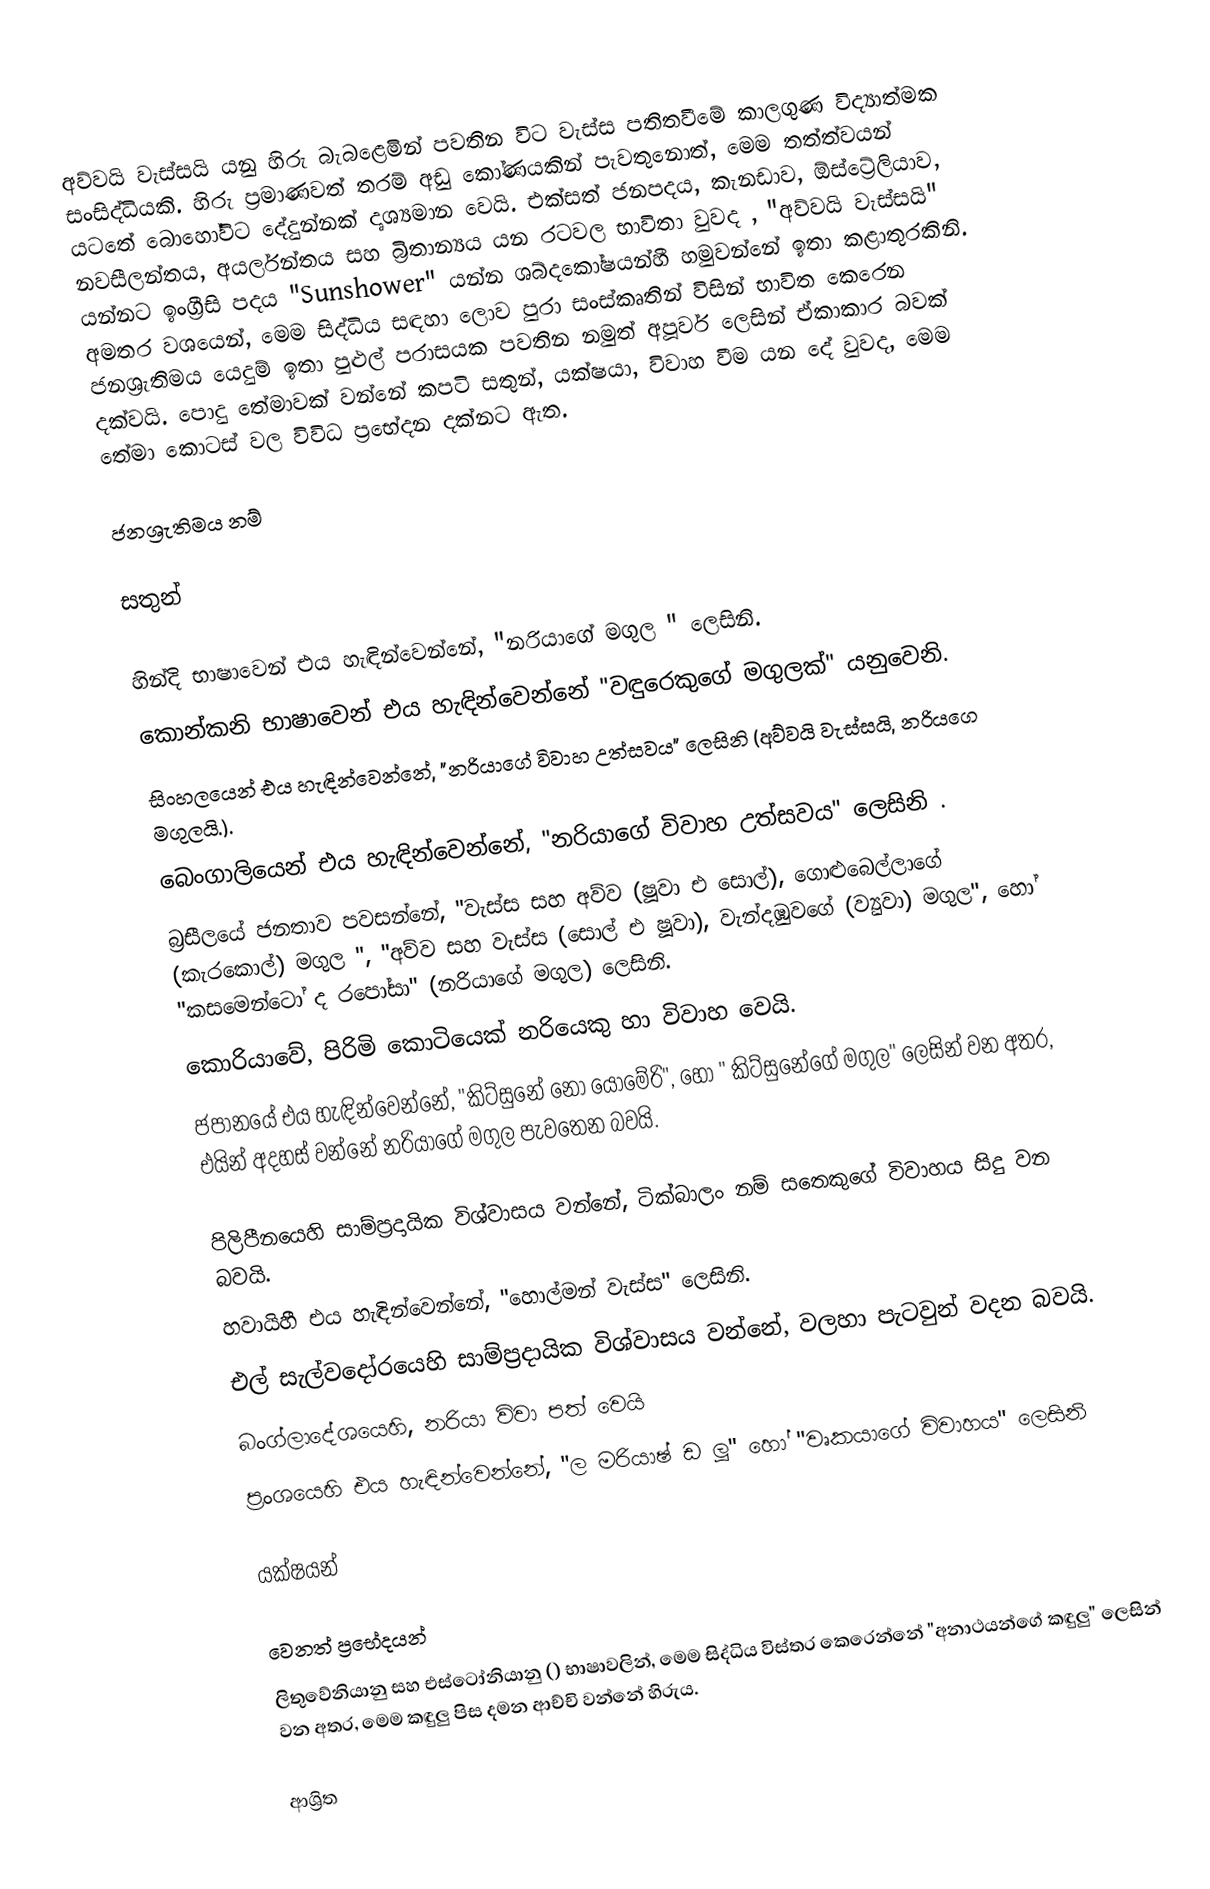
අව්වයි වැස්සයි යනු හිරු බැබළෙමින් පවතින විට  වැස්ස පතිතවීමේ කාලගුණ විද්‍යාත්මක සංසිද්ධියකි. හිරු ප්‍රමාණවත් තරම් අඩු කෝණයකින් පැවතුනොත්, මෙම තත්ත්වයන් යටතේ බොහෝවිට දේදුන්නක් දෘශ්‍යමාන වෙයි.  එක්සත් ජනපදය, කැනඩාව, ඕස්ට්‍රේලියාව, නවසීලන්තය, අයර්ලන්තය සහ බ්‍රිතාන්‍යය යන රටවල භාවිතා වුවද , "අව්වයි වැස්සයි"  යන්නට ඉංග්‍රීසි පදය "Sunshower" යන්න ශබ්දකෝෂයන්හී  හමුවන්නේ ඉතා කළාතුරකිනි. අමතර වශයෙන්, මෙම සිද්ධිය සඳහා ලොව පුරා සංස්කෘතින් විසින් භාවිත කෙරෙන ජනශ්‍රැතිමය යෙදුම් ඉතා පුළුල් පරාසයක පවතින නමුත් අපූර්ව ලෙසින් ඒකාකාර  බවක් දක්වයි. පොදු තේමාවක් වන්නේ කපටි සතුන්, යක්ෂයා, විවාහ වීම යන දේ වුවද, මෙම තේමා කොටස් වල විවිධ ප්‍රභේදන දක්නට ඇත.

ජනශ්‍රැතිමය නම්

සතුන්

 හින්දි භාෂාවෙන් එය හැඳින්වෙන්නේ, "නරියාගේ මගුල " ලෙසිනි.
 කොන්කනි භාෂාවෙන් එය හැඳින්වෙන්නේ "වඳුරෙකුගේ මගුලක්" යනුවෙනි.
 සිංහලයෙන් එය හැඳින්වෙන්නේ, "නරියාගේ විවාහ උත්සවය" ලෙසිනි (අව්වයි වැස්සයි, නරියගෙ මගුලයි.).
 බෙංගාලියෙන් එය හැඳින්වෙන්නේ, "නරියාගේ විවාහ උත්සවය" ලෙසිනි .
 බ්‍රසීලයේ ජනතාව පවසන්නේ, "වැස්ස සහ අව්ව (ෂූවා එ සොල්), ගොළුබෙල්ලාගේ (කැරකොල්) මගුල ", "අව්ව සහ වැස්ස (සොල් එ ෂූවා), වැන්දඹුවගේ (ව්‍යුවා) මගුල", හෝ  "කසමෙන්ටෝ ද රපෝසා" (නරියාගේ මගුල) ලෙසිනි.
 කොරියාවේ, පිරිමි කොටියෙක් නරියෙකු හා විවාහ වෙයි.
 ජපානයේ එය හැඳින්වෙන්නේ, "කිට්සුනේ නො යොමේරි", හෝ " කිට්සුනේගේ මගුල" ලෙසින් වන අතර, එයින් අදහස් වන්නේ  නරියාගේ මගුල පැවතෙන බවයි.

 පිලිපීනයෙහි සාම්ප්‍රදායික විශ්වාසය වන්නේ, ටික්බාලං නම් සතෙකුගේ විවාහය සිදු වන බවයි.
 හවායිහී එය හැඳින්වෙන්නේ, "හොල්මන් වැස්ස" ලෙසිනි.
 එල් සැල්වදෝරයෙහි සාම්ප්‍රදායික විශ්වාසය වන්නේ, වලහා පැටවුන් වදන බවයි.
 බංග්ලාදේශයෙහි, නරියා විවා පත් වෙයි
 ප්‍රංශයෙහි එය හැඳින්වෙන්නේ, "ල මරියාෂ් ඩ ලූ" හෝ "වෘකයාගේ විවාහය" ලෙසිනි

යක්ෂයන්

වෙනත් ප්‍රභේදයන්
ලිතුවේනියානු සහ එස්ටෝනියානු () භාෂාවලින්, මෙම සිද්ධිය විස්තර කෙරෙන්නේ "අනාථයන්ගේ කඳුලු" ලෙසින් වන අතර, මෙම කඳුලු පිස දමන ආච්චි වන්නේ හිරුය.

ආශ්‍රිත